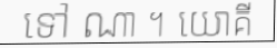
ទៅ ណា ។ យោគី